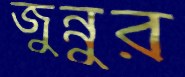
জুন্নুর